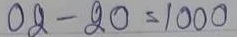
02 - 20 = 1000